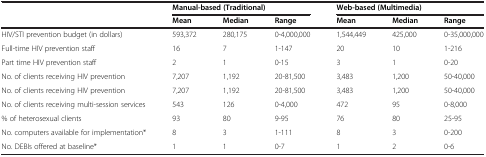
<table><thead><tr><td></td><td colspan="3"><b>Manual-based (Traditional)</b></td><td colspan="3"><b>Web-based (Multimedia)</b></td></tr><tr><td></td><td><b>Mean</b></td><td><b>Median</b></td><td><b>Range</b></td><td><b>Mean</b></td><td><b>Median</b></td><td><b>Range</b></td></tr></thead><tbody><tr><td>HIV/STI prevention budget (in dollars)</td><td>593,372</td><td>280,175</td><td>0-4,000,000</td><td>1,544,449</td><td>425,000</td><td>0-35,000,000</td></tr><tr><td>Full-time HIV prevention staff</td><td>16</td><td>7</td><td>1-147</td><td>20</td><td>10</td><td>1-216</td></tr><tr><td>Part time HIV prevention staff</td><td>2</td><td>1</td><td>0-15</td><td>3</td><td>1</td><td>0-20</td></tr><tr><td>No. of clients receiving HIV prevention</td><td>7,207</td><td>1,192</td><td>20-81,500</td><td>3,483</td><td>1,200</td><td>50-40,000</td></tr><tr><td>No. of clients receiving HIV prevention</td><td>7,207</td><td>1,192</td><td>20-81,500</td><td>3,483</td><td>1,200</td><td>50-40,000</td></tr><tr><td>No. of clients receiving multi-session services</td><td>543</td><td>126</td><td>0-4,000</td><td>472</td><td>95</td><td>0-8,000</td></tr><tr><td>% of heterosexual clients</td><td>93</td><td>80</td><td>9-95</td><td>76</td><td>80</td><td>25-95</td></tr><tr><td>No. computers available for implementation*</td><td>8</td><td>3</td><td>1-111</td><td>8</td><td>3</td><td>0-200</td></tr><tr><td>No. DEBIs offered at baseline*</td><td>1</td><td>1</td><td>0-7</td><td>1</td><td>2</td><td>0-6</td></tr></tbody></table>